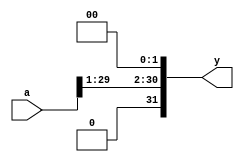
`timescale 1ns / 1ps
//////////////////////////////////////////////////////////////////////////////////
// Company: 
// Engineer: 
// 
// Design Name: 
// Module Name: shiftleft2
// Project Name: 
// Target Devices: 
// Tool Versions: 
// Description: 
// 
// Dependencies: 
// 
// Revision:
// Revision 0.01 - File Created
// Additional Comments:
// 
//////////////////////////////////////////////////////////////////////////////////



module shiftleft2 (
input  [31:0] a,
output [31:0] y);
// shift left by 2
    assign y = {a[29:01], 2'b00};
endmodule